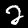
Label: 2